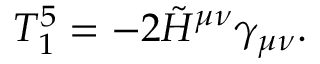
T _ { 1 } ^ { 5 } = - 2 \tilde { \cal H } ^ { \mu \nu } \gamma _ { \mu \nu } .